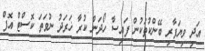
އަދި ވިޔަފާރި ބޭންކުތަކުން ފައިސާ ހޯދަން ކުރާ ޚަރަދު ނުވަތަ ކޮސްޓް އޮފް